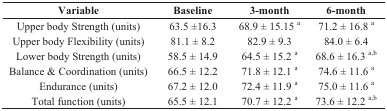
<table><thead><tr><td><b>Variable</b></td><td><b>Baseline</b></td><td><b>3-month</b></td><td><b>6-month</b></td></tr></thead><tbody><tr><td>Upper body Strength (units)</td><td>63.5 ±16.3</td><td>68.9 ± 15.15 <sup>a</sup></td><td>71.2 ± 16.8 <sup>a</sup></td></tr><tr><td>Upper body Flexibility (units)</td><td>81.1 ± 8.2</td><td>82.9 ± 9.3</td><td>84.0 ± 6.4</td></tr><tr><td>Lower body Strength (units)</td><td>58.5 ± 14.9</td><td>64.5 ± 15.2 <sup>a</sup></td><td>68.6 ± 16.3 <sup>a,b</sup></td></tr><tr><td>Balance &amp; Coordination (units)</td><td>66.5 ± 12.2</td><td>71.8 ± 12.1 <sup>a</sup></td><td>74.6 ± 11.6 <sup>a</sup></td></tr><tr><td>Endurance (units)</td><td>67.2 ± 12.0</td><td>72.4 ± 11.9 <sup>a</sup></td><td>75.0 ± 11.6 <sup>a</sup></td></tr><tr><td>Total function (units)</td><td>65.5 ± 12.1</td><td>70.7 ± 12.2 <sup>a</sup></td><td>73.6 ± 12.2 <sup>a,b</sup></td></tr></tbody></table>